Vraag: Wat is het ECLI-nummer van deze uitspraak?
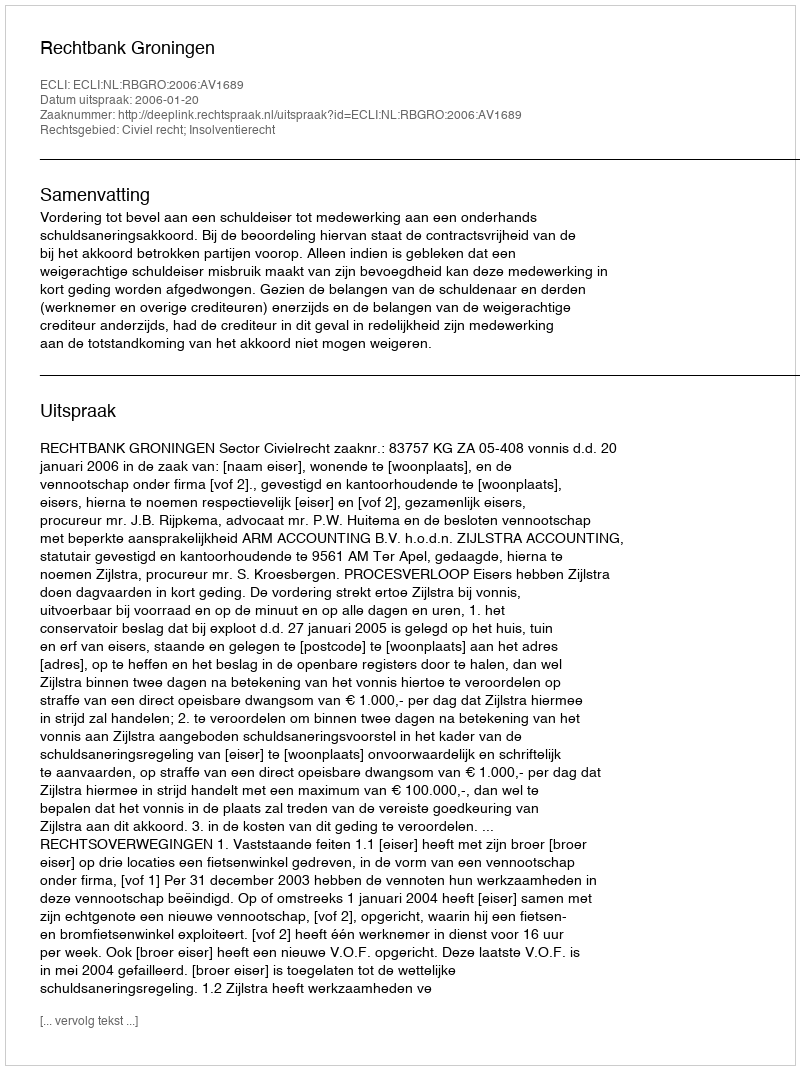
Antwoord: ECLI:NL:RBGRO:2006:AV1689